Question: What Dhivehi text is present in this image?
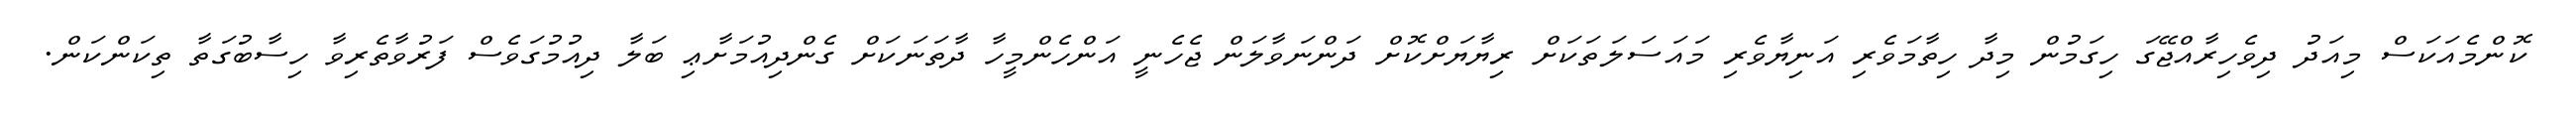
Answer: ކޮންމެއަކަސް މިއަދު ދިވެހިރާއްޖޭގަ ހިގަމުން މިދާ ހިތާމަވެރި އަނިޔާވެރި މައަސަލަތަކަށް ރިޔާޔަށްކޮށް ދަންނަވާލަން ޖެހެނީ އަންހެންމީހާ ދާތަނަކަށް ގެންދިއުމަށާޢި ބަލާ ދިއުމުގަވެސް ފަރުވާތެރިވާ ހިސާބުގަތާ ތިކަންކަން.